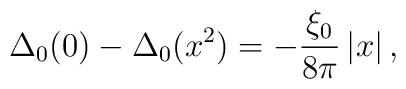
\Delta_0(0) - \Delta_0(x^2) = -\frac{\xi_0}{8\pi}\left|x\right|,